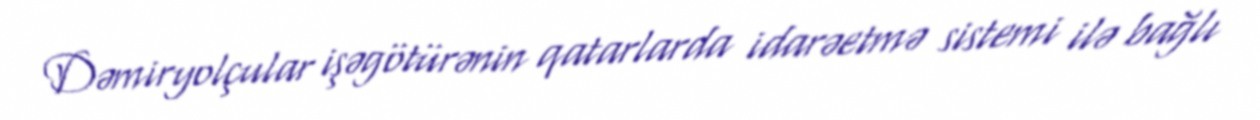
Dəmiryolçular işəgötürənin qatarlarda idarəetmə sistemi ilə bağlı